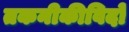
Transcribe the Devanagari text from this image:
तकनीकीविदों